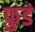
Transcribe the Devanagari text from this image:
फुडं